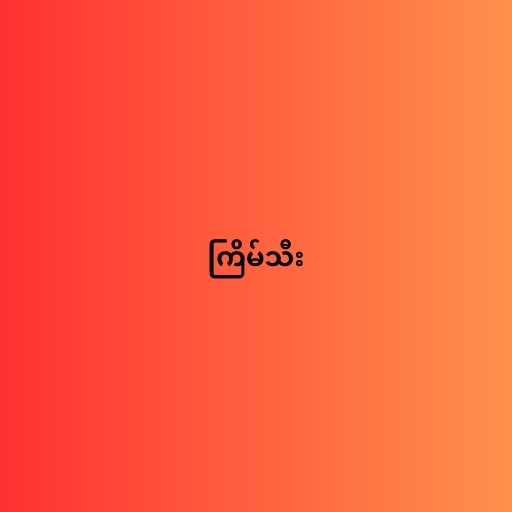
ကြိမ်သီး